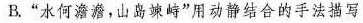
B.”水何澹澹，山岛竦峙”用动静结合的手法描写